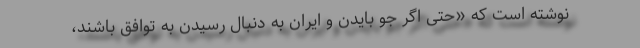
نوشته است که «حتی اگر جو بایدن و ایران به دنبال رسیدن به توافق باشند،